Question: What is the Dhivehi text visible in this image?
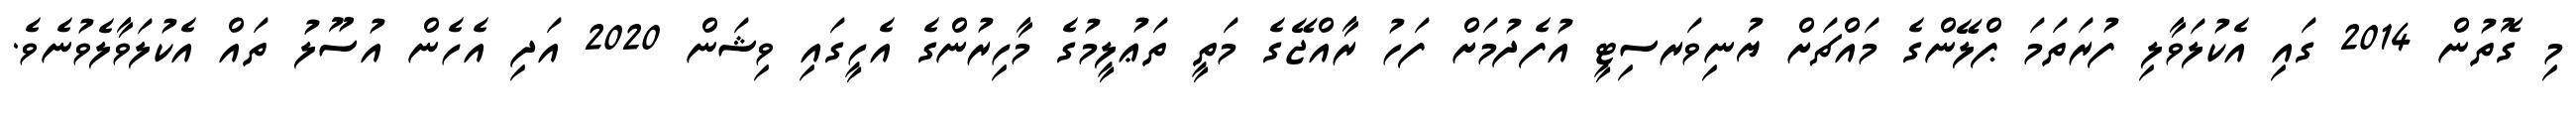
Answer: މި ގޮތުން 2014 ގައި އެކުލަވާލި ފުރަތަމަ ޕްލޭންގެ މައްޗަށް ޔުނިވަރސިޓީ އުފެދުމަށް ފަހު ރާއްޖޭގެ މަތީ ތަޢުލީމުގެ މާހިރުންގެ އެހީގައި ވިޝަން 2020 އަދި އެހެން އުސޫލު ތައް އެކުލަވާލެވުނެވެ.